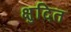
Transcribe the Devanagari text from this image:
क्षुदित